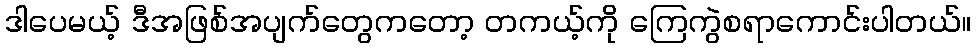
ဒါပေမယ့် ဒီအဖြစ်အပျက်တွေကတော့ တကယ့်ကို ကြေကွဲစရာကောင်းပါတယ်။